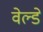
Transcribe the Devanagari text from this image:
वेल्डे